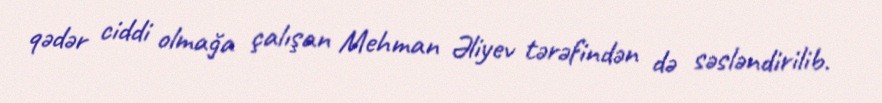
qədər ciddi olmağa çalışan Mehman Əliyev tərəfindən də səsləndirilib.